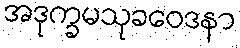
အဒုက္ခမသုခဝေဒနာ